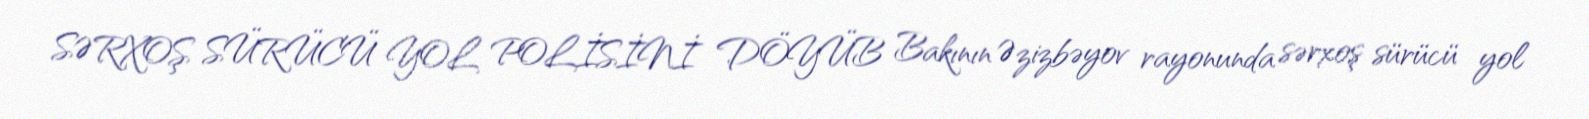
SƏRXOŞ SÜRÜCÜ YOL POLİSİNİ DÖYÜB Bakının Əzizbəyov rayonunda sərxoş sürücü yol